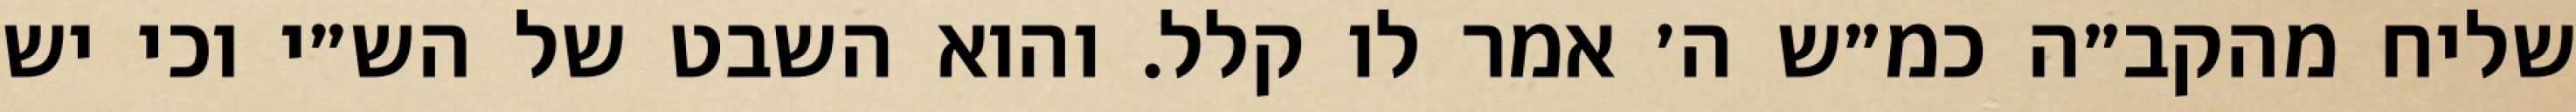
שליח מהקב״ה כמ״ש ה׳ אמר לו קלל. והוא השבט של הש״י וכי יש